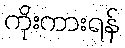
ကိုးကားရန်